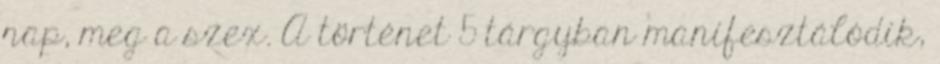
nap, meg a szex. A történet 5 tárgyban manifesztálódik,